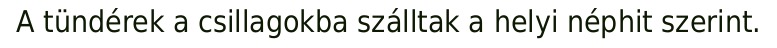
A tündérek a csillagokba szálltak a helyi néphit szerint.